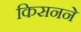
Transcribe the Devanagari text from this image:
किसनने